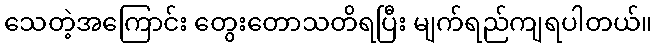
သေတဲ့အကြောင်း တွေးတောသတိရပြီး မျက်ရည်ကျရပါတယ်။